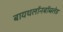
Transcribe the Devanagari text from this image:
बायथलॉनबॉब्स्लेड